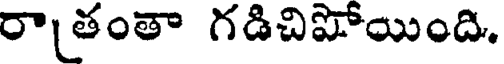
రాతంతా గడిచిపోయింది.